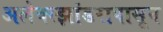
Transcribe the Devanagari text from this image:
अलेक्स्झांडरापासून